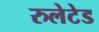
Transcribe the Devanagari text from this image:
रुलेटेड